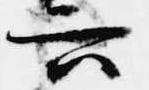
六